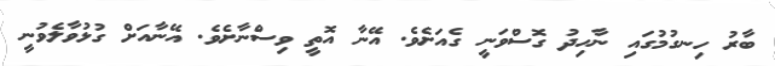
ބާރު ހިނގުމުގައި ނާހިދު ގޮސްވަނީ ގެއަށެވެ. އޭނާ އޮތީ ވިސްނާށެވެ. އޭނާއަށް ގުޅުވާލެވުނީ